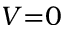
V { = } 0